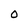
Character: O